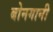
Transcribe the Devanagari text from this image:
बोनगानी